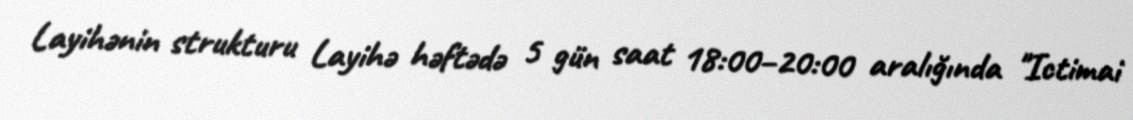
Layihənin strukturu Layihə həftədə 5 gün saat 18:00–20:00 aralığında "Ictimai